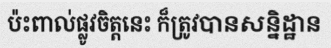
ប៉ះពាល់ផ្លូវចិត្តនេះ ក៏ត្រូវបានសន្និដ្ឋាន